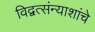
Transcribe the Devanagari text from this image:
विद्वत्संन्याशांचे